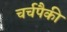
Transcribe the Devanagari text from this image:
चर्चपैकी